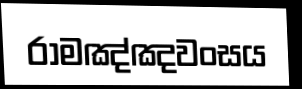
රාමඤ්ඤවංසය